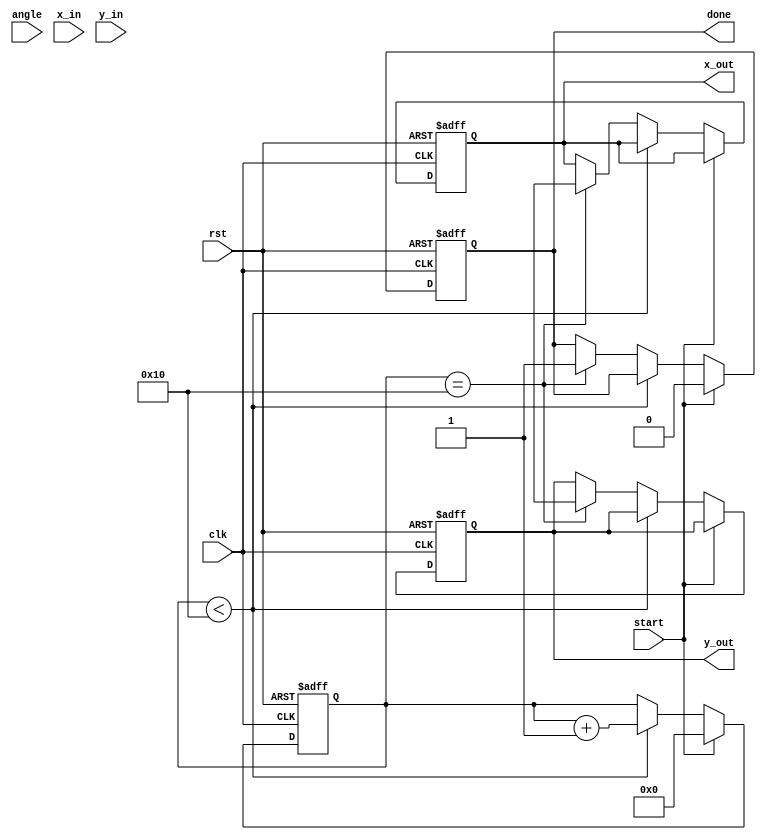
module cordic #(
    parameter DATA_WIDTH = 16,
    parameter NUM_ITERATIONS = 16
)(
    input wire clk,
    input wire rst,
    input wire [DATA_WIDTH-1:0] angle, // Input angle ()
    input wire [DATA_WIDTH-1:0] x_in,   // Initial x vector
    input wire [DATA_WIDTH-1:0] y_in,   // Initial y vector
    input wire start,                   // Start signal
    output reg [DATA_WIDTH-1:0] x_out,  // Output x vector
    output reg [DATA_WIDTH-1:0] y_out,  // Output y vector
    output reg done                    // Done signal
);

    reg [DATA_WIDTH-1:0] x [0:NUM_ITERATIONS-1]; // CORDIC x values
    reg [DATA_WIDTH-1:0] y [0:NUM_ITERATIONS-1]; // CORDIC y values
    reg [DATA_WIDTH-1:0] z [0:NUM_ITERATIONS-1]; // Angles
    reg [NUM_ITERATIONS-1:0] i;                  // Iteration counter
    reg [NUM_ITERATIONS-1:0] sigma;              // Direction of rotation

    // Predefined angles (arctan(2^-i)) for CORDIC
    initial begin
        z[0] = 16'h3243; // arctan(2^0)
        z[1] = 16'h1DAC; // arctan(2^-1)
        z[2] = 16'h0D59; // arctan(2^-2)
        z[3] = 16'h05A8; // arctan(2^-3)
        z[4] = 16'h028A; // arctan(2^-4)
        z[5] = 16'h0144; // arctan(2^-5)
        z[6] = 16'h00A2; // arctan(2^-6)
        z[7] = 16'h0051; // arctan(2^-7)
        // Continue this for the required number of iterations...
        // For simplicity, only 8 iterations are shown here.
    end

    always @(posedge clk or posedge rst) begin
        if (rst) begin
            x_out <= 0;
            y_out <= 0;
            done <= 0;
            i <= 0;
        end else if (start) begin
            // Initialize
            x[0] <= x_in;
            y[0] <= y_in;
            z[0] <= angle; 
            i <= 0;
            done <= 0;
        end else if (i < NUM_ITERATIONS) begin
            // Determine sigma
            sigma <= (z[i][DATA_WIDTH-1] == 1'b1) ? -1 : 1;

            // Perform CORDIC rotation
            x[i+1] <= x[i] - (sigma * (y[i] >> i));
            y[i+1] <= y[i] + (sigma * (x[i] >> i));
            z[i+1] <= z[i] - (sigma * z[i][DATA_WIDTH-1:0]);

            // Increment iteration counter
            i <= i + 1;
        end else if (i == NUM_ITERATIONS) begin
            // Final output after last iteration
            x_out <= x[NUM_ITERATIONS];
            y_out <= y[NUM_ITERATIONS];
            done <= 1;
        end
    end

endmodule